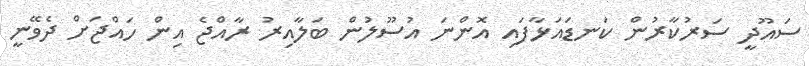
ސައޫދީ ސަރުކާރުން ކަނޑައަޅާފައި އޮންނަ އުސޫލުން ބަލާއިރު ރާއްޖެ އިން ހައްޖަށް ދެވޭނީ